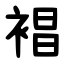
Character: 裮